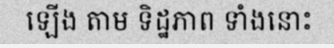
ឡើង តាម ទិដ្ឋភាព ទាំងនោះ